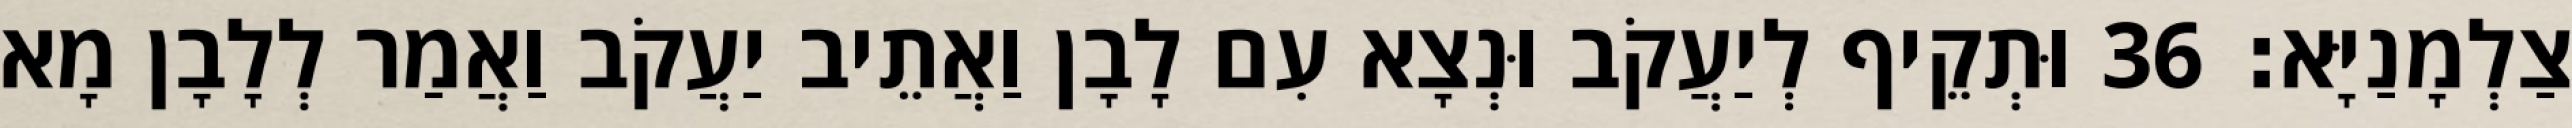
צַלְמָנַיָּא׃ 36 וּתְקֵיף לְיַעֲקֹב וּנְצָא עִם לָבָן וַאֲתֵיב יַעֲקֹב וַאֲמַר לְלָבָן מָא